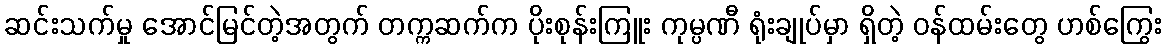
ဆင်းသက်မှု အောင်မြင်တဲ့အတွက် တက္ကဆက်က ပိုးစုန်းကြူး ကုမ္ပဏီ ရုံးချုပ်မှာ ရှိတဲ့ ဝန်ထမ်းတွေ ဟစ်ကြွေး